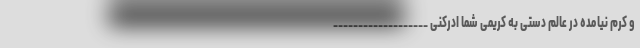
و کرم نیامده در عالم دستی به کریمی شما ادرکنی ___________________